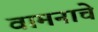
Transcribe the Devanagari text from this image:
वामनाचे